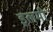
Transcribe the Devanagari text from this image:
इलमी